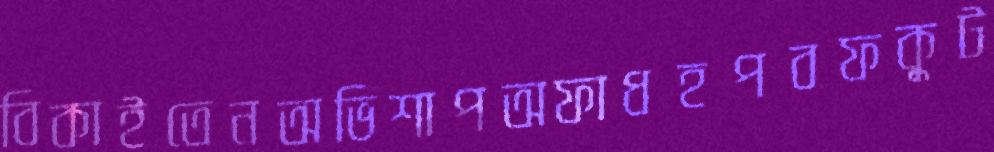
বিকাইতেনঅভিশাপঅফাধহপবফকুট